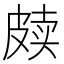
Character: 𰤫